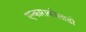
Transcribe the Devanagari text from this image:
एन्काराकोलाडो